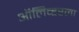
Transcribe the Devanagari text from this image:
ऑलिव्हरला